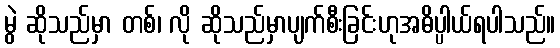
မွဲ ဆိုသည်မှာ တစ်၊ လို ဆိုသည်မှာပျက်စီးခြင်းဟုအဓိပ္ပါယ်ရပါသည်။